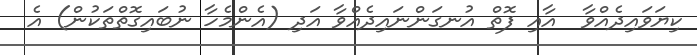
ކިޔަވައިދެއްވާ  އާއި ފޮތް އުނގަންނައިދެއްވާ އަދި (އެންމެހާ ނުބައިގޮތްތަކުން) އެ